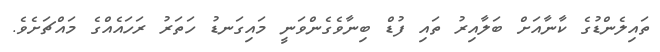
ތައިލެންޑުގެ ކާނާއަށް ބަލާއިރު ތައި ފުޑް ބިނާވެގެންވަނީ މައިގަނޑު ހަތަރު ރަހައެއްގެ މައްޗަށެވެ.